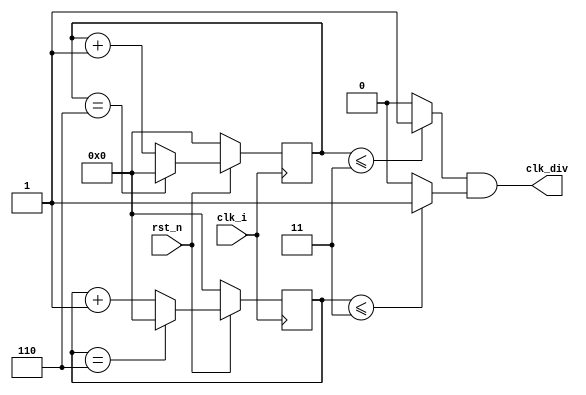
`timescale 1ns / 1ps
//////////////////////////////////////////////////////////////////////////////////
// Company: 
// Engineer: 
// 
// Design Name: 
// Module Name: odd_fre
// Project Name: 
// Target Devices: 
// Tool Versions: 
// Description: 
// 
// Dependencies: 
// 
// Revision:
// Revision 0.01 - File Created
// Additional Comments:
// 
//////////////////////////////////////////////////////////////////////////////////


module odd_fre(
	input            clk_i,
	input            rst_n,
	output			 clk_div
    );
	localparam        DIV_ODD = 7;
	reg  [3:0]        Count_r1_p;
	reg  [3:0]        Count_r2_n;
	always @(posedge clk_i)
		if(!rst_n)
			Count_r1_p <= 0;
		else if(Count_r1_p == DIV_ODD-1)
			Count_r1_p <= 0;
		else 	
			Count_r1_p <=  Count_r1_p + 1;
	
	always @(negedge clk_i)
		if(!rst_n)
			Count_r2_n <= 0;
		else if(Count_r2_n == DIV_ODD-1)
			Count_r2_n <= 0;
		else 	
			Count_r2_n <=  Count_r2_n + 1;
	wire clk1_p;
	wire clk1_n;
	assign clk1_p = (Count_r1_p <= (DIV_ODD-1)/2) ? 1 : 0;
	assign clk1_n = (Count_r2_n <= (DIV_ODD-1)/2) ? 1 : 0;
	assign clk_div = clk1_n && clk1_p;
endmodule